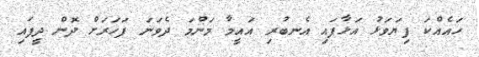
ހައެއްކަ ފިޔަވަޅު އަޅާފައި އެނބުރި އައީމާ މަންމަ ދެވަނަ ފަހަރަށް ދޮން ދީފައި